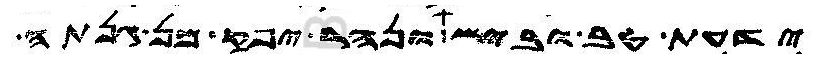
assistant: ידעת טב וביש ונהר יפק מן גנתה